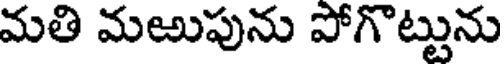
మతి మఱుపును పోగొట్టును